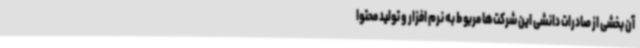
آن بخشی از صادرات دانشی این شرکت‌ها مربوط به نرم افزار و تولید محتوا